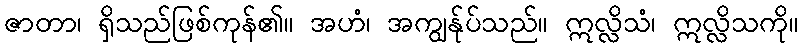
ဇာတာ၊ ရှိသည်ဖြစ်ကုန်၏။ အဟံ၊ အကျွန်ုပ်သည်။ ဣလ္လိသံ၊ ဣလ္လိသကို။